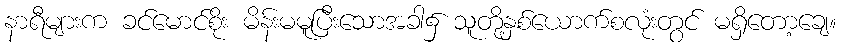
နာရီများက ခင်မောင်စိုး မိန်းမမူပြီးသောအခါ၌ သူတို့နှစ်ယောက်စလုံးတွင် မရှိတော့ချေ။